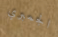
الجمبري